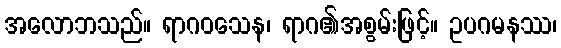
အလောဘသည်။ ရာဂဝသေန၊ ရာဂ၏အစွမ်းဖြင့်။ ဥပဂမနဿ၊